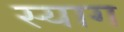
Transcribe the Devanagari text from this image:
स्याग